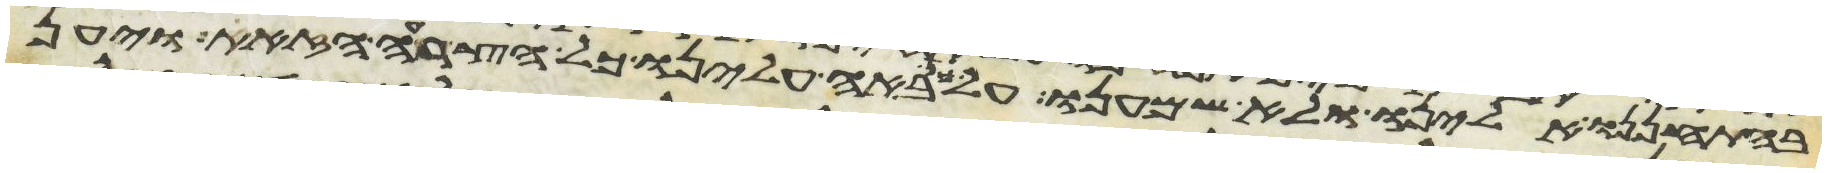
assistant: בהתחננו אלינו ולא שמענו על כן באה עלינו כל הצרה הזאת ויען